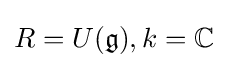
R=U({\mathfrak {g}}),k=\mathbb {C}